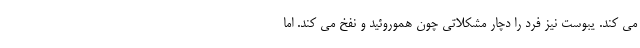
می کند. یبوست نیز فرد را دچار مشکلاتی چون هموروئید و نفخ می کند. اما